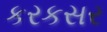
કરકસર